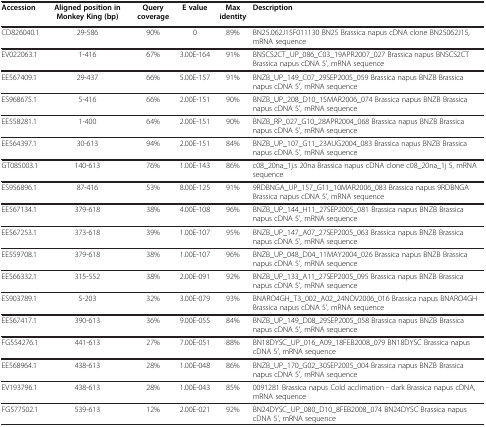
<table><thead><tr><td><b>Accession</b></td><td><b>Aligned position in Monkey King (bp)</b></td><td><b>Query coverage</b></td><td><b>E value</b></td><td><b>Max identity</b></td><td><b>Description</b></td></tr></thead><tbody><tr><td>CD826040.1</td><td>29-586</td><td>90%</td><td>0</td><td>89%</td><td>BN25.062J15F011130 BN25 Brassica napus cDNA clone BN25062J15, mRNA sequence</td></tr><tr><td>EV022063.1</td><td>1-416</td><td>67%</td><td>3.00E-164</td><td>91%</td><td>BNSCS2CT_UP_086_C03_19APR2007_027 Brassica napus BNSCS2CT Brassica napus cDNA 5&#x27;, mRNA sequence</td></tr><tr><td>EE567409.1</td><td>29-437</td><td>66%</td><td>5.00E-157</td><td>91%</td><td>BNZB_UP_149_C07_29SEP2005_059 Brassica napus BNZB Brassica napus cDNA 5&#x27;, mRNA sequence</td></tr><tr><td>ES968675.1</td><td>5-416</td><td>66%</td><td>2.00E-151</td><td>90%</td><td>BNZB_UP_208_D10_15MAR2006_074 Brassica napus BNZB Brassica napus cDNA 5&#x27;, mRNA sequence</td></tr><tr><td>EE558281.1</td><td>1-400</td><td>64%</td><td>2.00E-151</td><td>90%</td><td>BNZB_RP_027_G10_28APR2004_068 Brassica napus BNZB Brassica napus cDNA 5&#x27;, mRNA sequence</td></tr><tr><td>EE564397.1</td><td>30-613</td><td>94%</td><td>2.00E-151</td><td>84%</td><td>BNZB_UP_107_G11_23AUG2004_083 Brassica napus BNZB Brassica napus cDNA 5&#x27;, mRNA sequence</td></tr><tr><td>GT085003.1</td><td>140-613</td><td>76%</td><td>1.00E-143</td><td>86%</td><td>c08_20na_1j.s 20na Brassica napus cDNA clone c08_20na_1j 5, mRNA sequence</td></tr><tr><td>ES956896.1</td><td>87-416</td><td>53%</td><td>8.00E-125</td><td>91%</td><td>9RDBNGA_UP_157_G11_10MAR2006_083 Brassica napus 9RDBNGA Brassica napus cDNA 5&#x27;, mRNA sequence</td></tr><tr><td>EE567134.1</td><td>379-618</td><td>38%</td><td>4.00E-108</td><td>96%</td><td>BNZB_UP_144_H11_27SEP2005_081 Brassica napus BNZB Brassica napus cDNA 5&#x27;, mRNA sequence</td></tr><tr><td>EE567253.1</td><td>373-618</td><td>39%</td><td>1.00E-107</td><td>95%</td><td>BNZB_UP_147_A07_27SEP2005_063 Brassica napus BNZB Brassica napus cDNA 5&#x27;, mRNA sequence</td></tr><tr><td>EE559708.1</td><td>379-618</td><td>38%</td><td>1.00E-107</td><td>96%</td><td>BNZB_UP_048_D04_11MAY2004_026 Brassica napus BNZB Brassica napus cDNA 5&#x27;, mRNA sequence</td></tr><tr><td>EE566332.1</td><td>315-552</td><td>38%</td><td>2.00E-091</td><td>92%</td><td>BNZB_UP_133_A11_27SEP2005_095 Brassica napus BNZB Brassica napus cDNA 5&#x27;, mRNA sequence</td></tr><tr><td>ES903789.1</td><td>5-203</td><td>32%</td><td>3.00E-079</td><td>93%</td><td>BNARO4GH_T3_002_A02_24NOV2006_016 Brassica napus BNARO4GH Brassica napus cDNA 5&#x27;, mRNA sequence</td></tr><tr><td>EE567417.1</td><td>390-613</td><td>36%</td><td>9.00E-055</td><td>84%</td><td>BNZB_UP_149_D08_29SEP2005_058 Brassica napus BNZB Brassica napus cDNA 5&#x27;, mRNA sequence</td></tr><tr><td>FG554276.1</td><td>441-613</td><td>27%</td><td>7.00E-051</td><td>88%</td><td>BN18DYSC_UP_016_A09_18FEB2008_079 BN18DYSC Brassica napus cDNA 5&#x27;, mRNA sequence</td></tr><tr><td>EE568964.1</td><td>438-613</td><td>28%</td><td>1.00E-048</td><td>86%</td><td>BNZB_UP_170_G02_30SEP2005_004 Brassica napus BNZB Brassica napus cDNA 5&#x27;, mRNA sequence</td></tr><tr><td>EV193796.1</td><td>438-613</td><td>28%</td><td>1.00E-043</td><td>85%</td><td>0091281 Brassica napus Cold acclimation - dark Brassica napus cDNA, mRNA sequence</td></tr><tr><td>FG577502.1</td><td>539-613</td><td>12%</td><td>2.00E-021</td><td>92%</td><td>BN24DYSC_UP_080_D10_8FEB2008_074 BN24DYSC Brassica napus cDNA 5&#x27;, mRNA sequence</td></tr></tbody></table>